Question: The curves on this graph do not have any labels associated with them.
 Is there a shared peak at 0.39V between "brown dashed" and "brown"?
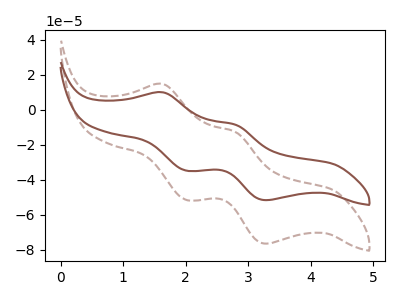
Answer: <think>The brown dashed curve "brown dashed" has anodic peaks at (1.65V, 14.60uA) (2.80V, -12.75uA) and cathodic peaks at (2.00V, -51.60uA) (3.30V, -76.55uA). The brown curve "brown" has anodic peaks at (1.65V, 9.90uA) (2.80V, -8.60uA) and cathodic peaks at (2.00V, -34.85uA) (3.30V, -51.70uA).</think>
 <answer>No, "brown dashed" and "brown" dont share a peak at 0.39V.</answer>
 <eval>mismatch</eval>